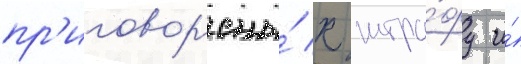
пр'иговор'ены́ к штра́фу и́